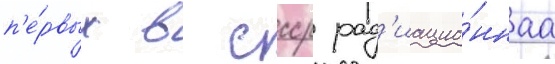
п'е́рвых в ссср рад'иацио́ннаа